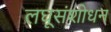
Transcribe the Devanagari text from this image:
लघूसंशोधन